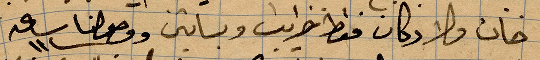
خان ولا دكان فقط خرايب وبساتين ووصلنا ساعة ١١